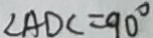
\angle A D C = 9 0 ^ { \circ }